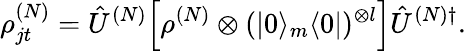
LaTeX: \rho_{jt}^{(N)}=\hat{U}^{(N)}\Big[\rho^{(N)}\otimes(|0\rangle_{m}\langle 0|)^{\otimes l}\Big]\hat{U}^{(N)\dagger}.